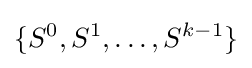
\{S^{0},S^{1},\ldots ,S^{k-1}\}